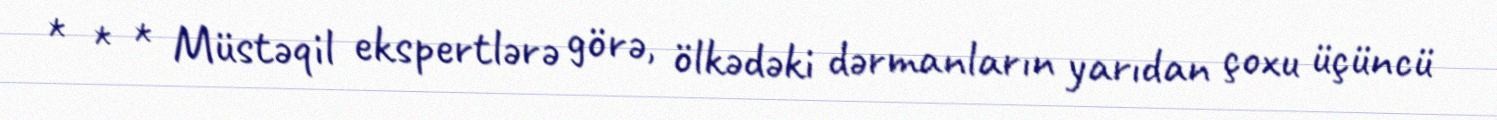
* * * Müstəqil ekspertlərə görə, ölkədəki dərmanların yarıdan çoxu üçüncü